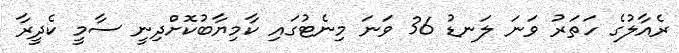
ރެއާލުގެ ހަތަރު ވަނަ ލަނޑު 36 ވަނަ މިނެޓުގައި ކާމިޔާބުކޮށްދިނީ ސާމީ ކެދީރާ